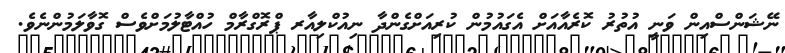
ނޭޝަންސްއިން ވަނީ އުތުރު ކޮރެއާއަށް އެގައުމުން ކުރިއަށްގެންދާ ނިއުކްލިއާރ ޕްރޮގްރާމް ހުއްޓާލުމަށްވެސް ގޮވާލަމުންނެވެ.